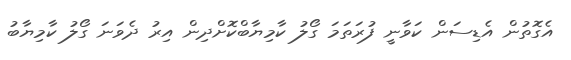
އެގޮތުން އެޑިސަން ކަވާނީ ފުރަތަމަ ގޯލު ކާމިޔާބްކޮށްދިން އިރު ދެވަނަ ގޯލު ކާމިޔާބު